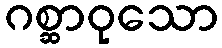
ဂစ္ဆာဝုသော